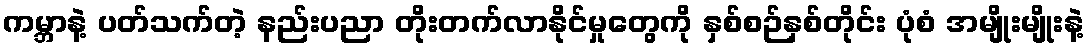
ကမ္ဘာနဲ့ ပတ်သက်တဲ့ နည်းပညာ တိုးတက်လာနိုင်မှုတွေကို နှစ်စဉ်နှစ်တိုင်း ပုံစံ အမျိုးမျိုးနဲ့